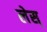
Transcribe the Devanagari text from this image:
लेस्